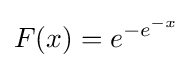
F(x)=e^{-e^{-x}}